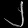
Digit: ၂